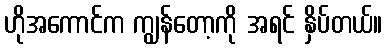
ဟိုအကောင်က ကျွန်တော့ကို အရင် နှိပ်တယ်။